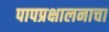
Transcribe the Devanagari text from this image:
पापप्रक्षालनाचा